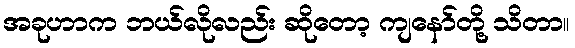
အခုဟာက ဘယ်လိုလည်း ဆိုတော့ ကျနော်တို့ သိတာ။